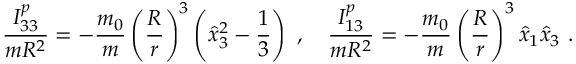
\frac { I _ { 3 3 } ^ { p } } { m R ^ { 2 } } = - \frac { m _ { 0 } } { m } \left( \frac { R } { r } \right) ^ { 3 } \left( \hat { x } _ { 3 } ^ { 2 } - \frac { 1 } { 3 } \right) \ , \quad \frac { I _ { 1 3 } ^ { p } } { m R ^ { 2 } } = - \frac { m _ { 0 } } { m } \left( \frac { R } { r } \right) ^ { 3 } \hat { x } _ { 1 } \hat { x } _ { 3 } \ .